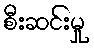
စီးဆင်းမှု